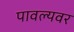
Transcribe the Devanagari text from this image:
पावल्यवर